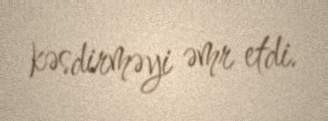
kəsdirməyi əmr etdi.